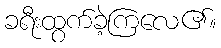
ခရီးထွက်ခဲ့ကြလေ၏။